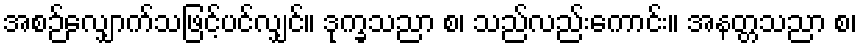
အစဉ်လျှောက်သဖြင့်ပင်လျှင်။ ဒုက္ခသညာ စ၊ သည်လည်းကောင်း။ အနတ္တသညာ စ၊